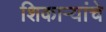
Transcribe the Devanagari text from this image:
शिकाऱ्यांचे